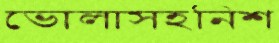
ভোলাসহনিশ